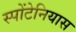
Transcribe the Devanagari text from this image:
स्पोंटेनियास